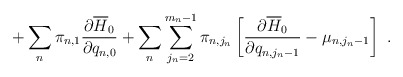
\begin{align*}+\sum_n\pi_{n,1}\frac{\partial\overline{H}_0}{\partial q_{n,0}}+\sum_n\sum_{j_n=2}^{m_n-1}\pi_{n,j_n}\left[\frac{\partial\overline{H}_0}{\partial q_{n,j_n-1}}-\mu_{n,j_n-1}\right]\ .\end{align*}